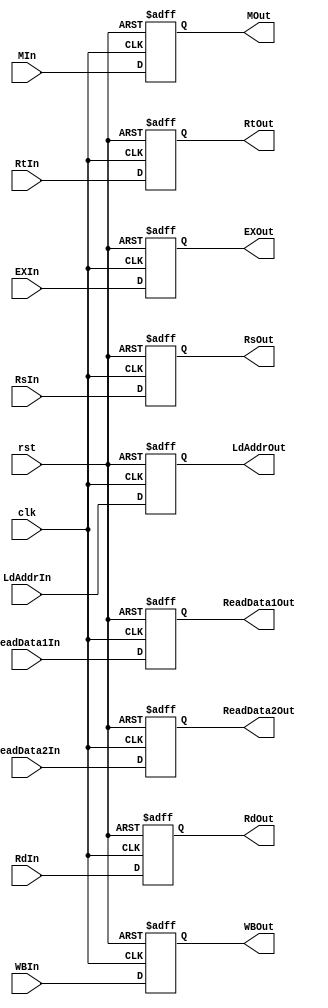
`timescale 1ns/1ns
module IDtoEX(input clk, rst, input[1:0] WBIn, input[1:0] MIn, input[4:0] EXIn, input[31:0] ReadData1In, ReadData2In, LdAddrIn, input[4:0] RtIn, RdIn, RsIn,
    output[1:0] WBOut, output[1:0] MOut, output[4:0] EXOut, output[31:0] ReadData1Out, ReadData2Out, LdAddrOut, output[4:0] RtOut, RdOut, RsOut);
	reg[1:0] wbOut;
	reg[1:0] mOut;
	reg[4:0] exOut;
	reg [31:0] readData1Out, readData2Out, ldAddrOut;
	reg [4:0] rtOut, rsOut, rdOut;
	always@(posedge clk, posedge rst) begin
		{ wbOut, mOut, exOut, readData1Out,readData2Out,ldAddrOut, rtOut, rsOut, rdOut} = 120'b0;
		if( rst ) begin
			wbOut <= 2'b0;
			mOut <= 2'b0;
			exOut <= 5'b0;
			readData1Out <= 32'b0;
			readData2Out <= 32'b0;
			ldAddrOut <= 32'b0;
			rtOut <= 5'b0;
			rsOut <= 5'b0;
			rdOut <= 5'b0;
		end
		else begin
			wbOut <= WBIn;
			mOut <= MIn;
			exOut <= EXIn;
			readData1Out <= ReadData1In;
			readData2Out <= ReadData2In;
			ldAddrOut <= LdAddrIn;
			rtOut <= RtIn;
			rsOut <= RsIn;
			rdOut <= RdIn;
		end
	end
	assign WBOut = wbOut;
	assign MOut = mOut;
	assign EXOut = exOut;
	assign ReadData1Out = readData1Out;
	assign ReadData2Out = readData2Out;
	assign LdAddrOut = ldAddrOut;
	assign RtOut = rtOut;
	assign RsOut = rsOut;
	assign RdOut = rdOut;

endmodule